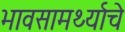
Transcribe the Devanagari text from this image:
भावसामर्थ्याचे